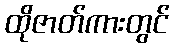
ထိုဇာတ်ကားတွင်